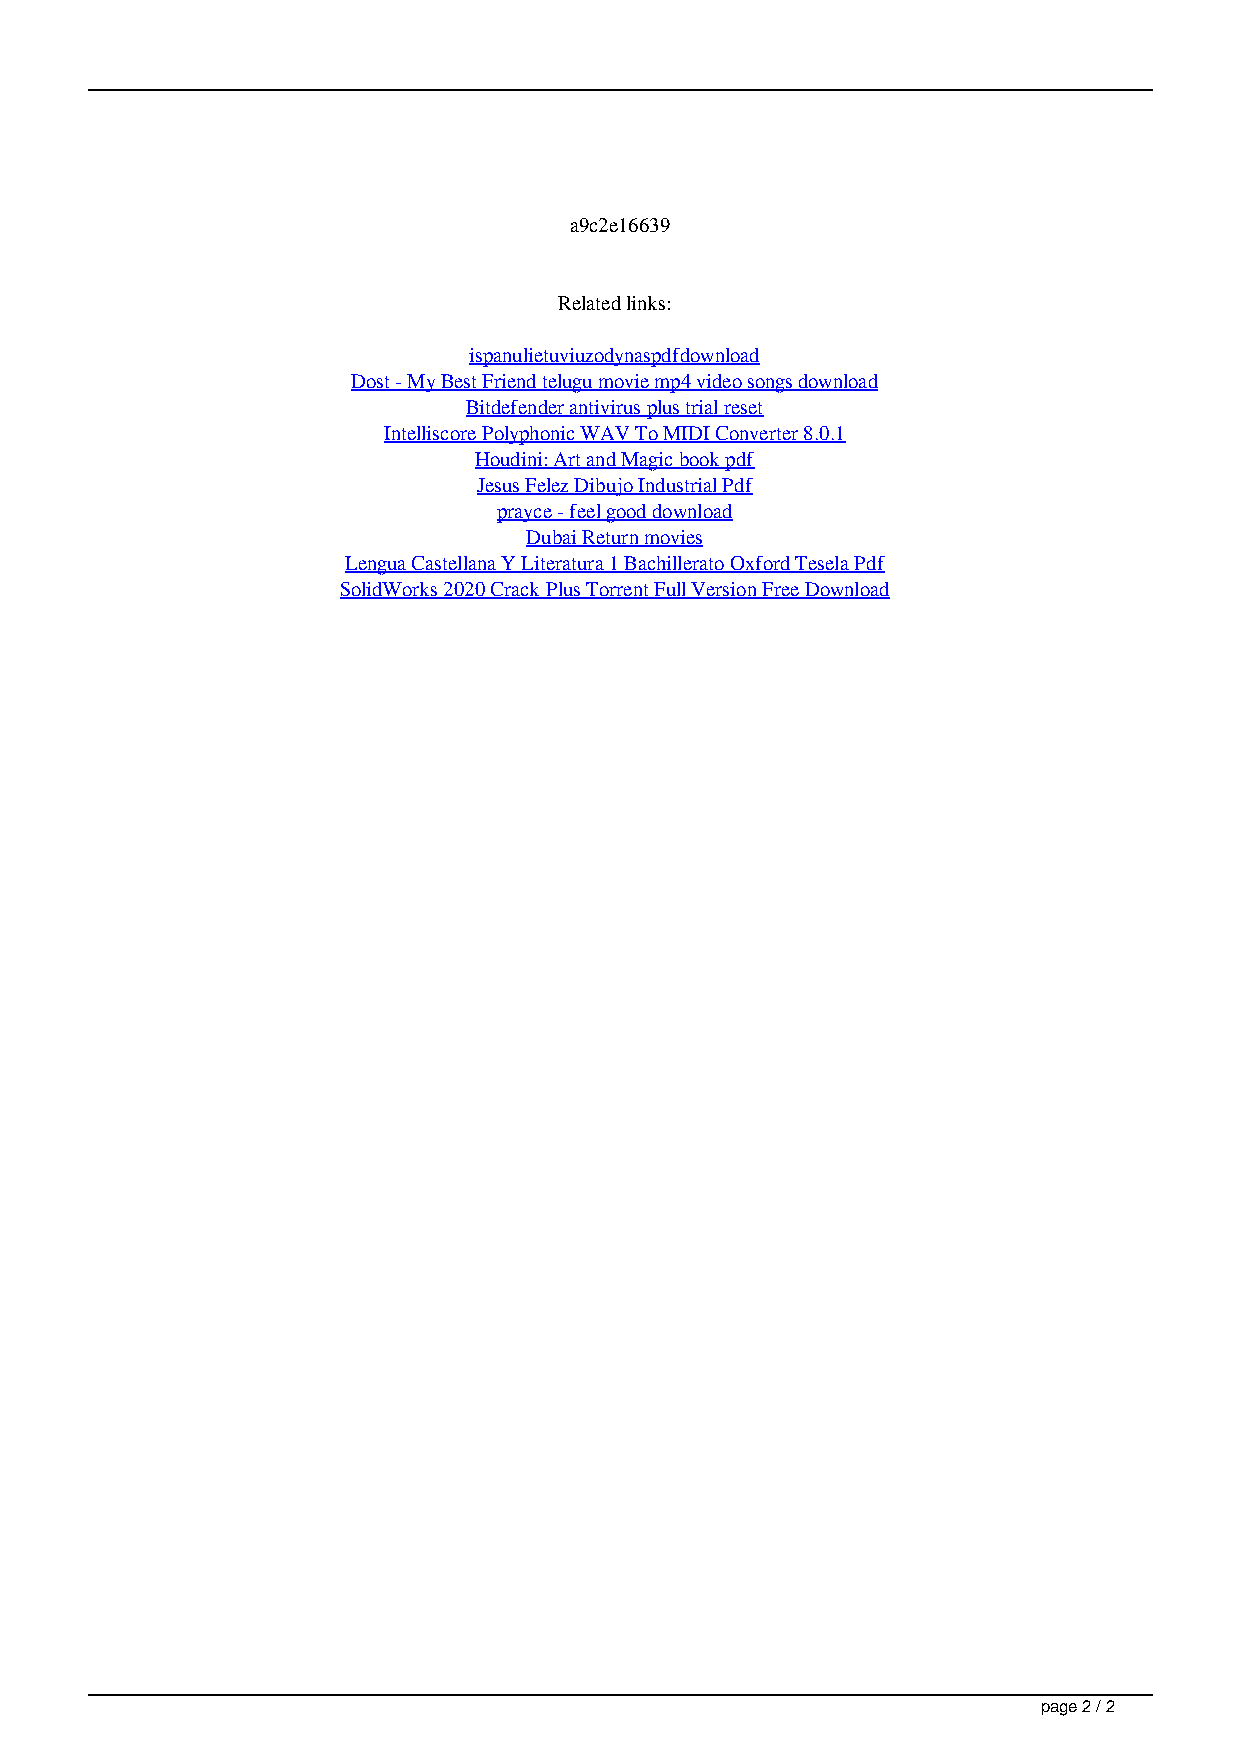
a9c2e16639
 Related links:
 ispanulietuviuzodynaspdfdownload
 Dost - My Best Friend telugu movie mp4 video songs download
 Bitdefender antivirus plus trial reset
 Intelliscore Polyphonic WAV To MIDI Converter 8.0.1
 Houdini: Art and Magic book pdf
 Jesus Felez Dibujo Industrial Pdf
 prayce - feel good download
 Dubai Return movies
 Lengua Castellana Y Literatura 1 Bachillerato Oxford Tesela Pdf
 SolidWorks 2020 Crack Plus Torrent Full Version Free Download
 page 2 / 2
 HomeKit Support Coming To Tri-Band Linksys Velop Routers Soon cowboy karate kostenlose.reden rippenschneider entpackprogramm